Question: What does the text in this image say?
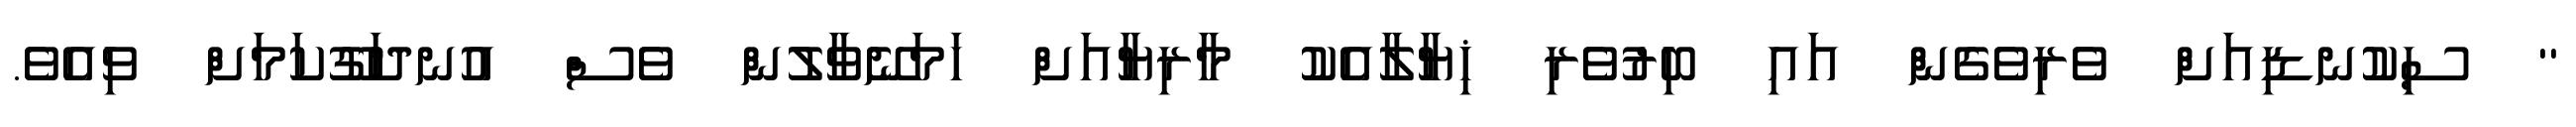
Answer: '' ސިކުނޑިއަށް ވެރިވެގެން އައި ބިރުވެރި ޚިޔާލާއެކު މާރިޔާއަށް ހަމަނޭވާލުން ވެސް އުނދަގޫކަމަށް ވިއެވެ.